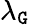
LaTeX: \lambda_{\mathtt{G}}